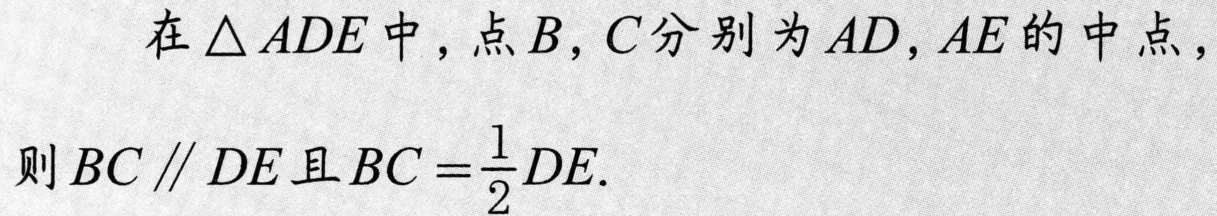
在\(\triangle ADE\)中，点\(B\)，\(C\)分别为\(AD\)，\(AE\)的中点，
则\(BC\parallel DE\)且\(BC = \frac{1}{2}DE\).